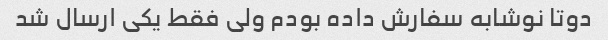
دوتا نوشابه سفارش داده بودم ولی فقط یکی ارسال شد